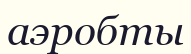
аэробты